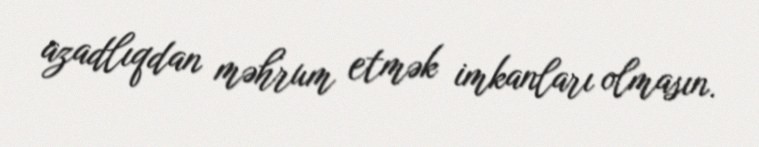
azadlıqdan məhrum etmək imkanları olmasın.